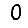
Digit: 0